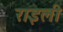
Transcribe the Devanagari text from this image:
राइली